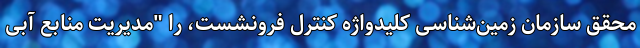
محقق سازمان زمین‌شناسی کلیدواژه کنترل فرونشست، را "مدیریت منابع آبی